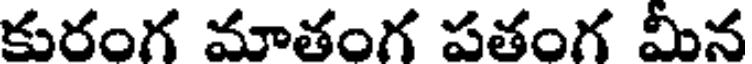
కురంగ మాతంగ పతంగ మీన